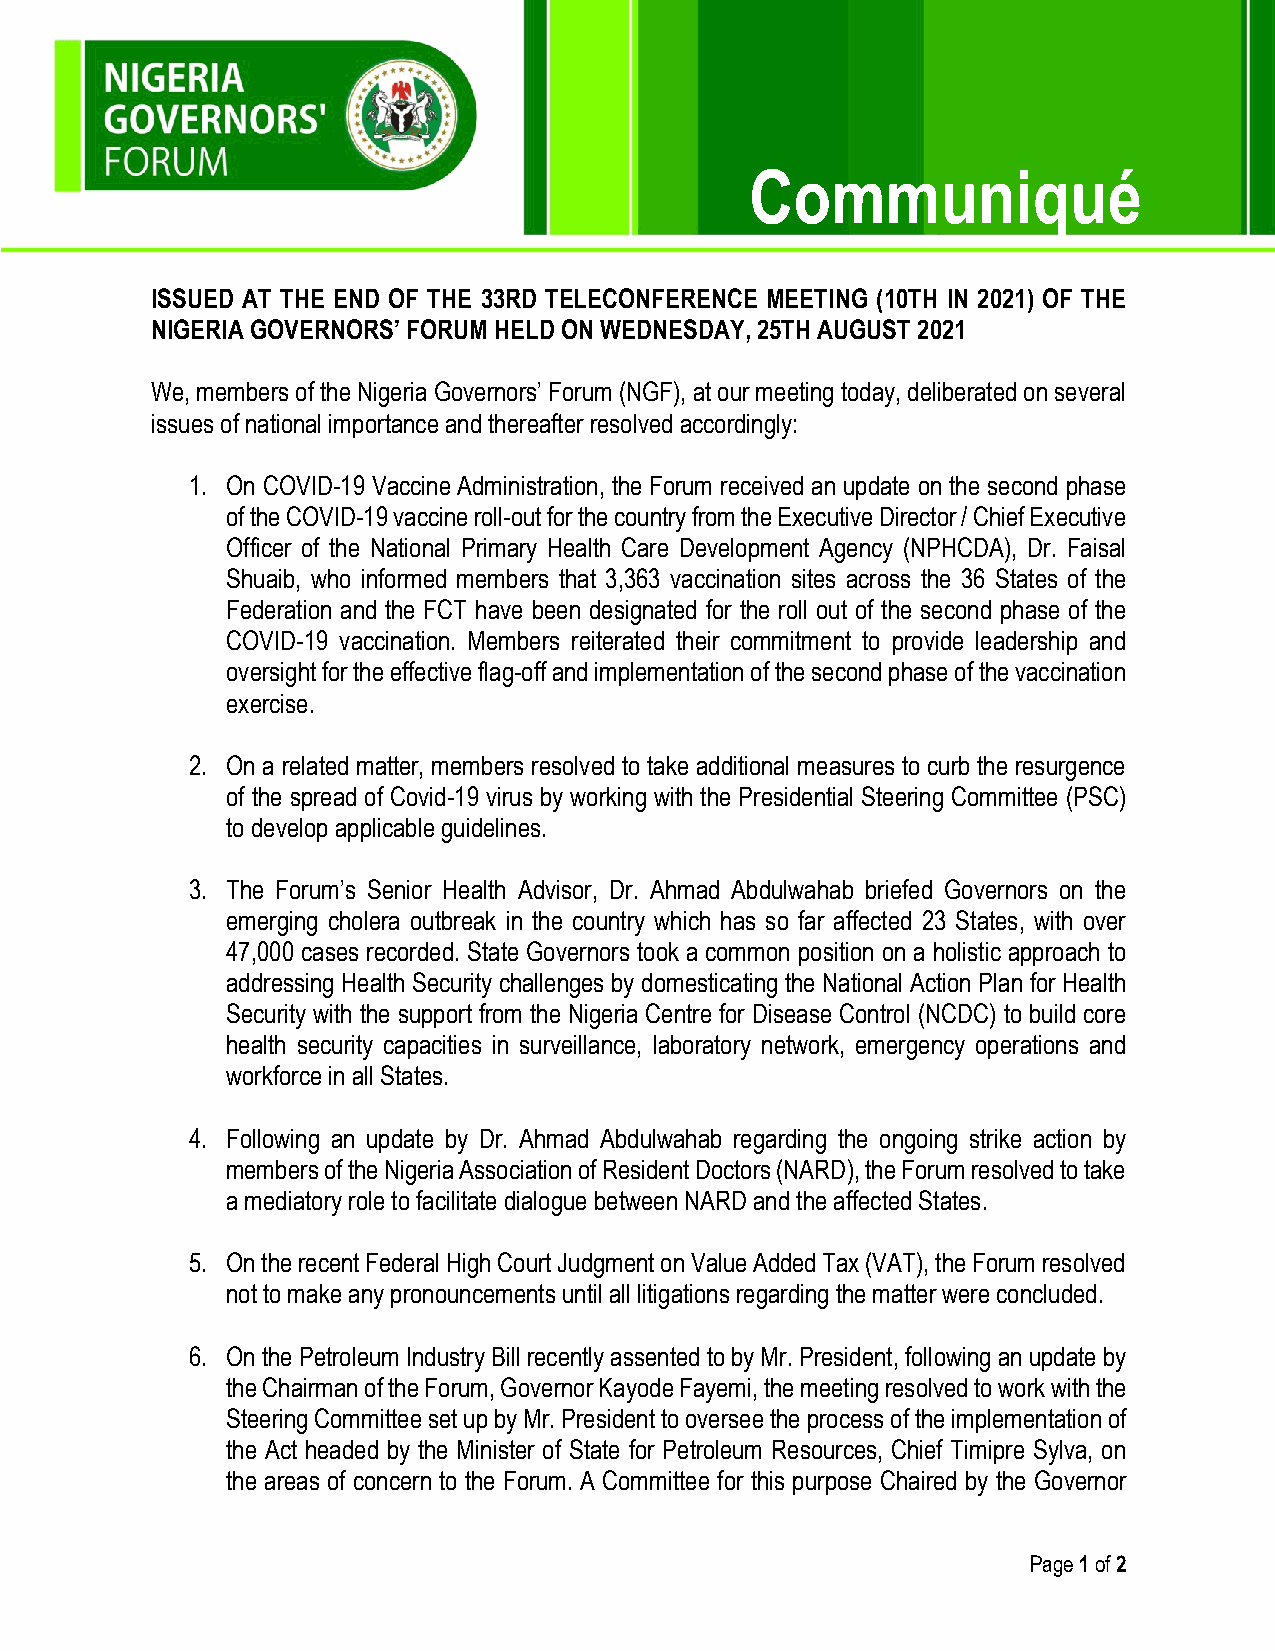
Communiqué
 ISSUED AT THE END OF THE 33RD TELECONFERENCE MEETING (10TH IN 2021) OF THE
 NIGERIA GOVERNORS’ FORUM HELD ON WEDNESDAY, 25TH AUGUST 2021
 We, members of the Nigeria Governors’ Forum (NGF), at our meeting today, deliberated on several
 issues of national importance and thereafter resolved accordingly:
 1. On COVID-19 Vaccine Administration, the Forum received an update on the second phase
 of the COVID-19 vaccine roll-out for the country from the Executive Director / Chief Executive
 Officer of the National Primary Health Care Development Agency (NPHCDA), Dr. Faisal
 Shuaib, who informed members that 3,363 vaccination sites across the 36 States of the
 Federation and the FCT have been designated for the roll out of the second phase of the
 COVID-19 vaccination. Members reiterated their commitment to provide leadership and
 oversight for the effective flag-off and implementation of the second phase of the vaccination
 exercise.
 2. On a related matter, members resolved to take additional measures to curb the resurgence
 of the spread of Covid-19 virus by working with the Presidential Steering Committee (PSC)
 to develop applicable guidelines.
 3. The Forum’s Senior Health Advisor, Dr. Ahmad Abdulwahab briefed Governors on the
 emerging cholera outbreak in the country which has so far affected 23 States, with over
 47,000 cases recorded. State Governors took a common position on a holistic approach to
 addressing Health Security challenges by domesticating the National Action Plan for Health
 Security with the support from the Nigeria Centre for Disease Control (NCDC) to build core
 health security capacities in surveillance, laboratory network, emergency operations and
 workforce in all States.
 4. Following an update by Dr. Ahmad Abdulwahab regarding the ongoing strike action by
 members of the Nigeria Association of Resident Doctors (NARD), the Forum resolved to take
 a mediatory role to facilitate dialogue between NARD and the affected States.
 5. On the recent Federal High Court Judgment on Value Added Tax (VAT), the Forum resolved
 not to make any pronouncements until all litigations regarding the matter were concluded.
 6. On the Petroleum Industry Bill recently assented to by Mr. President, following an update by
 the Chairman of the Forum, Governor Kayode Fayemi, the meeting resolved to work with the
 Steering Committee set up by Mr. President to oversee the process of the implementation of
 the Act headed by the Minister of State for Petroleum Resources, Chief Timipre Sylva, on
 the areas of concern to the Forum. A Committee for this purpose Chaired by the Governor
 Page 1 of 2